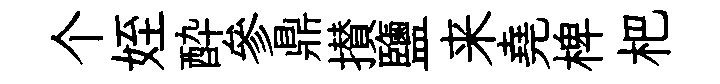
个姪酔參鼎攅鹽来堯椑杷